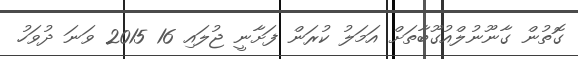
ގޮތުން ގާނޫނުލްއުގޫބާތަށް އަމަލު ކުރަން ފަށާނީ ޖުލައި 16 2015 ވަނަ ދުވަހު